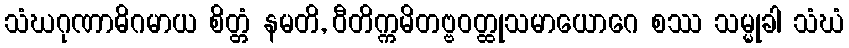
သံဃဂုဏာဓိဂမာယ စိတ္တံ နမတိ, ဝီတိက္ကမိတဗ္ဗဝတ္ထုသမာယောဂေ စဿ သမ္မုခါ သံဃံ